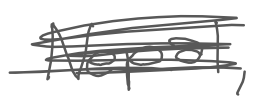
Text: Nepal,
Cross-out: scratch
Writing tool: digital_gray